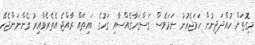
މިގޮތަށް ހުއްދަދިނުން ހަމަޖެހުނު ނަމަވެސް ގަސްގަހާގެއްސާއި ގަހުގެ ބައިތައް ރާއްޖެ އެތެރެވާއިރު ގެންނަންޖެހޭ